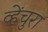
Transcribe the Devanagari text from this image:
व्हेंचुरा